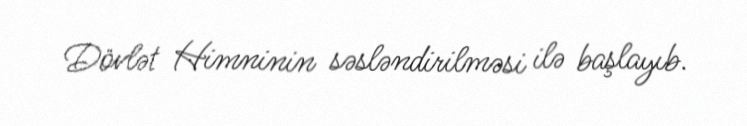
Dövlət Himninin səsləndirilməsi ilə başlayıb.